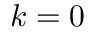
k = 0